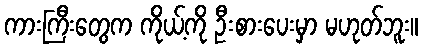
ကားကြီးတွေက ကိုယ့်ကို ဦးစားပေးမှာ မဟုတ်ဘူး။